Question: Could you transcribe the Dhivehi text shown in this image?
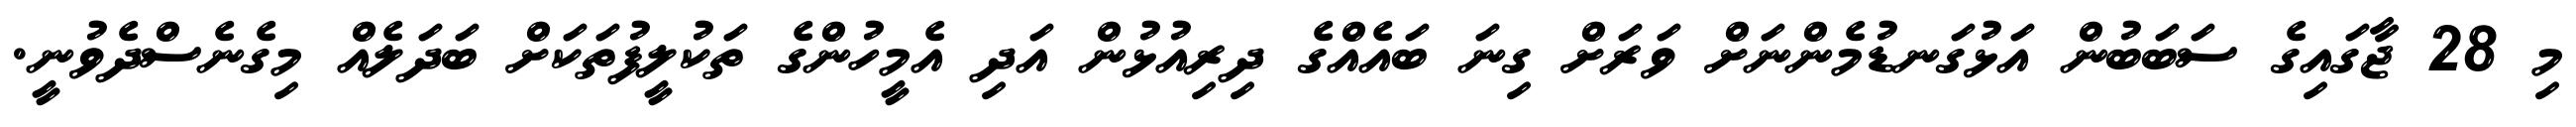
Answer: މި 28 ޖާގައިގެ ސަބަބުން އަޅުގަނޑުމެންނަށް ވަރަށް ގިނަ ބައެއްގެ ދިރިއުޅުން އަދި އެމީހުންގެ ތަކުލީފުތަކަށް ބަދަލެއް މިގެނެސްދެވުނީ.